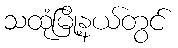
သထုံမြို့နယ်တွင်